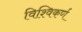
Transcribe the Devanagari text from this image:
विश्विकर्ण